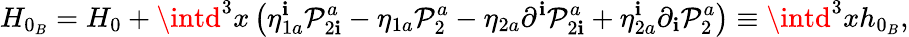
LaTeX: H_{0_{B}}=H_{0}+\intd^{3}x\left(\eta_{1a}^{\mathbf{i}}\mathcal{{P}}_{2\mathbf{i}}^{a}-\eta_{1a}\mathcal{{P}}_{2}^{a}-\eta_{2a}\partial^{\mathbf{i}}\mathcal{{P}}_{2\mathbf{i}}^{a}+\eta_{2a}^{\mathbf{i}}\partial_{\mathbf{i}}\mathcal{{P}}_{2}^{a}\right)\equiv\intd^{3}xh_{0_{B}},